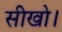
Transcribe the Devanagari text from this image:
सीखो।